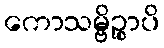
ကောသမ္ဗိဉ္စာပိ